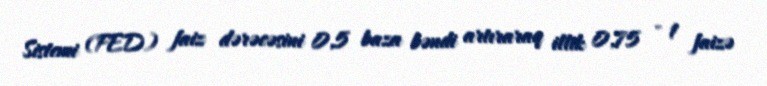
Sistemi (FED) faiz dərəcəsini 0,5 baza bəndi artıraraq illik 0,75 - 1 faizə